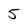
Character: 5